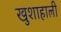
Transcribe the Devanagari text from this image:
खुशाहाली